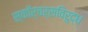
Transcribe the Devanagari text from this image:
स्कॉर्चर्सविरुद्ध